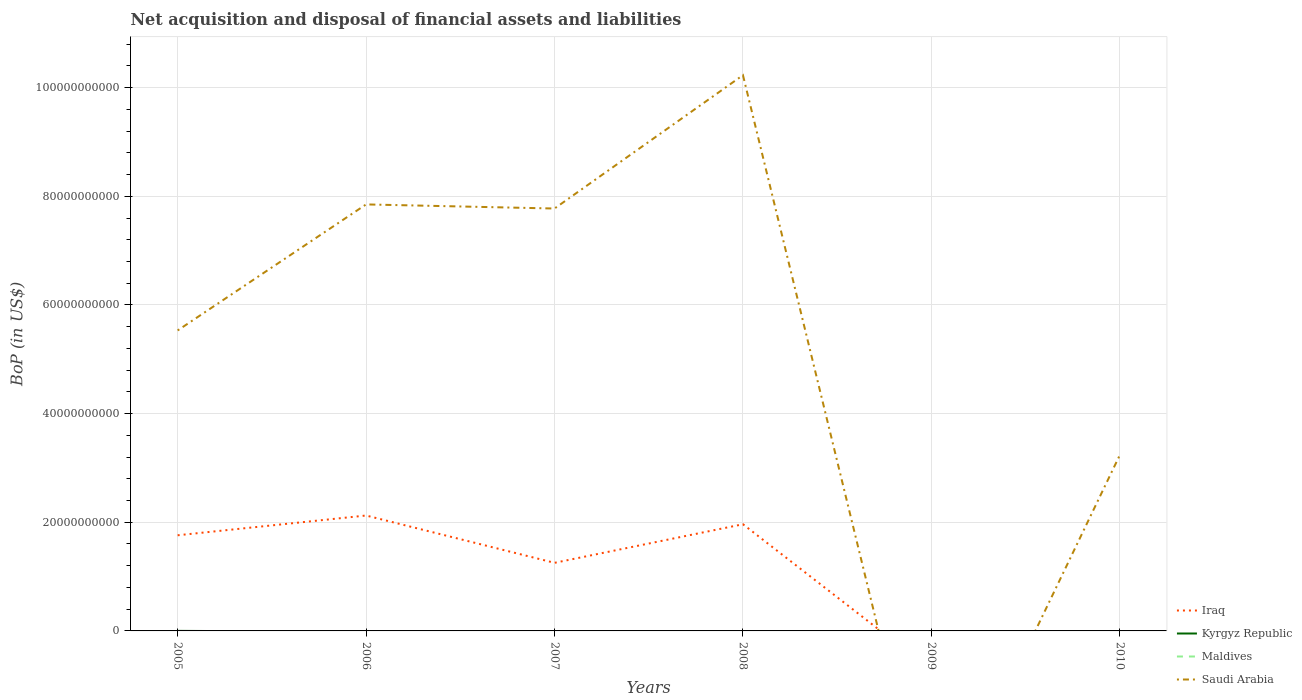
| Years | Iraq | Kyrgyz Republic | Maldives | Saudi Arabia |
 | --- | --- | --- | --- | --- |
 | 2005 | 1.76e+10 | 7.59e+06 | -2.4e+08 | 5.53e+10 |
 | 2006 | 2.12e+10 | -1.46e+08 | -1.94e+08 | 7.85e+10 |
 | 2007 | 1.25e+10 | -6.59e+08 | -1.43e+08 | 7.78e+10 |
 | 2008 | 1.96e+10 | -2.95e+08 | -2.49e+08 | 1.02e+11 |
 | 2009 | -7.23e+09 | -1.43e+08 | -1.53e+08 | -3.98e+10 |
 | 2010 | -1.44e+09 | -3.59e+08 | -6.42e+07 | 3.24e+10 |